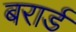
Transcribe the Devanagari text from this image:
बरार्ड